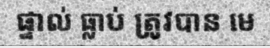
ផ្ទាល់ ធ្លាប់ ត្រូវបាន មេ